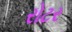
રોટર